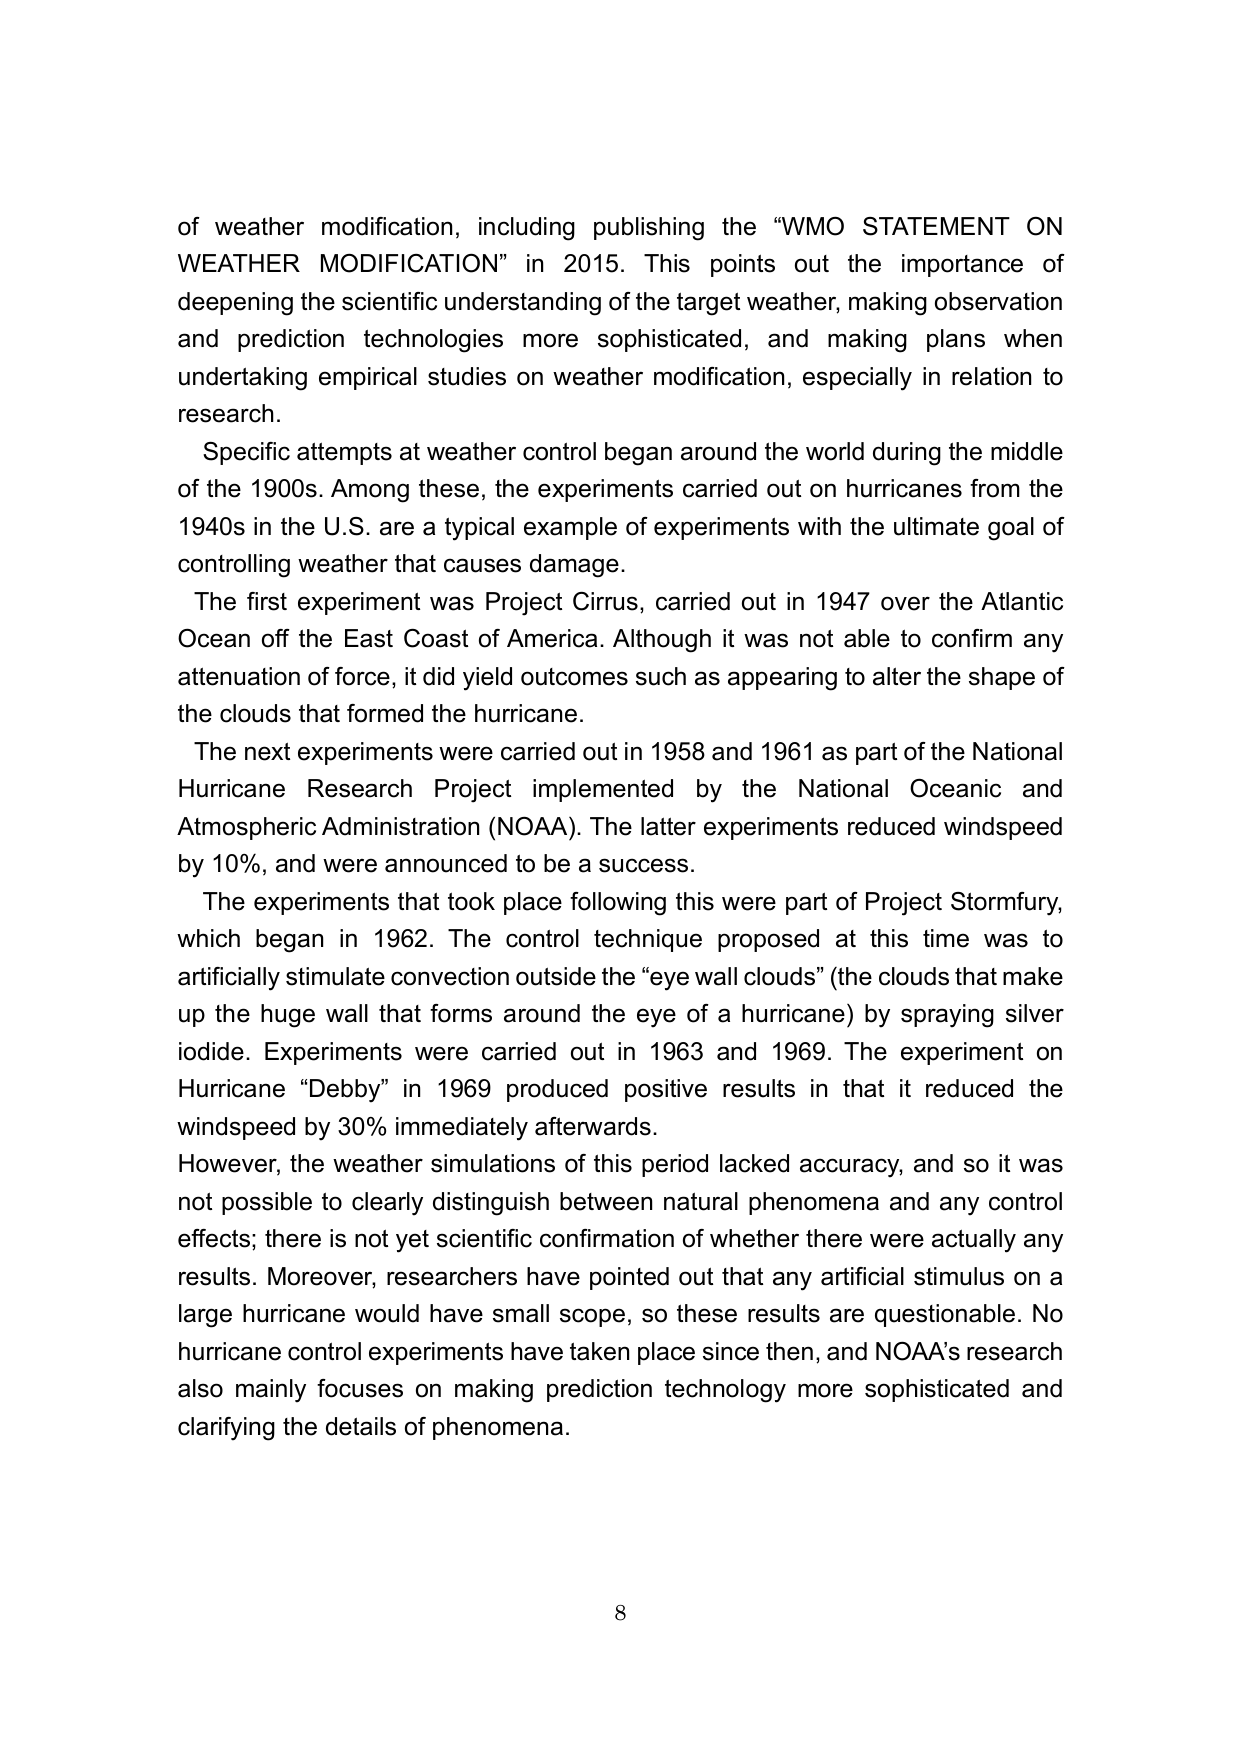
of weather modification, including publishing the “WMO STATEMENT ON WEATHER MODIFICATION” in 2015. This points out the importance of deepening the scientific understanding of the target weather, making observation and prediction technologies more sophisticated, and making plans when undertaking empirical studies on weather modification, especially in relation to research.

Specific attempts at weather control began around the world during the middle of the 1900s. Among these, the experiments carried out on hurricanes from the 1940s in the U.S. are a typical example of experiments with the ultimate goal of controlling weather that causes damage.

The first experiment was Project Cirrus, carried out in 1947 over the Atlantic Ocean off the East Coast of America. Although it was not able to confirm any attenuation of force, it did yield outcomes such as appearing to alter the shape of the clouds that formed the hurricane.

The next experiments were carried out in 1958 and 1961 as part of the National Hurricane Research Project implemented by the National Oceanic and Atmospheric Administration (NOAA). The latter experiments reduced windspeed by 10%, and were announced to be a success.

The experiments that took place following this were part of Project Stormfury, which began in 1962. The control technique proposed at this time was to artificially stimulate convection outside the “eye wall clouds” (the clouds that make up the huge wall that forms around the eye of a hurricane) by spraying silver iodide. Experiments were carried out in 1963 and 1969. The experiment on Hurricane “Debby” in 1969 produced positive results in that it reduced the windspeed by 30% immediately afterwards.

However, the weather simulations of this period lacked accuracy, and so it was not possible to clearly distinguish between natural phenomena and any control effects; there is not yet scientific confirmation of whether there were actually any results. Moreover, researchers have pointed out that any artificial stimulus on a large hurricane would have small scope, so these results are questionable. No hurricane control experiments have taken place since then, and NOAA’s research also mainly focuses on making prediction technology more sophisticated and clarifying the details of phenomena.

8